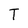
Character: T